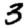
Digit: 3